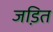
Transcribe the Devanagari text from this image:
जडि़त